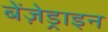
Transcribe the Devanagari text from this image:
बेंज़ेड्राइन